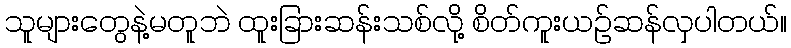
သူများတွေနဲ့မတူဘဲ ထူးခြားဆန်းသစ်လို့ စိတ်ကူးယဉ်ဆန်လှပါတယ်။